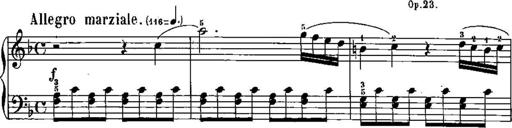
Title: Trois sonatines
Composer: Maurice Emmanuel